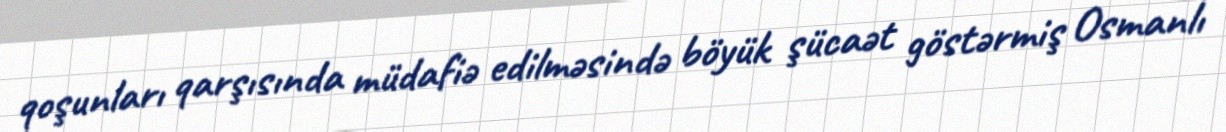
qoşunları qarşısında müdafiə edilməsində böyük şücaət göstərmiş Osmanlı